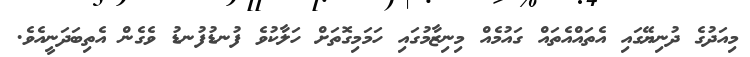
މިއަދުގެ ދުނިޔޭގައި އެތައްއެތައް ގައުމެއް މިނިޒާމުގައި ހަމަމިގޮތަށް ހަލާކުވެ ފުނޑުފުނޑު ވެގެން އެތިބަދަނީއެވެ.